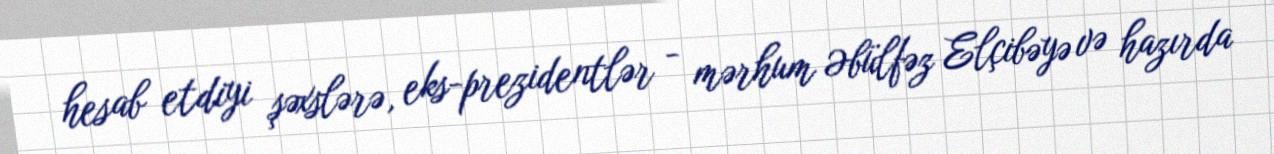
hesab etdiyi şəxslərə, eks-prezidentlər - mərhum Əbülfəz Elçibəyə və hazırda